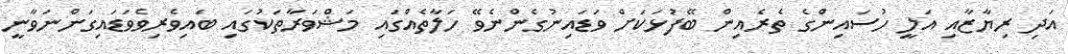
އަދި ރިޔާޒާއި އަލީ ހުސައިންގެ ތެރެއިން ބޭފުޅަކަށް ވަޑައިނުގެންނެވޭ ހަލާތެއްގައި މަޝްވަރާތަކުގައި ބައިވެރިވެވަޑައިގަންނަވާނީ